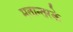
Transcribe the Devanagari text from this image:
मतान्तरके